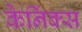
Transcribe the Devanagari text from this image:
केनिंक्स